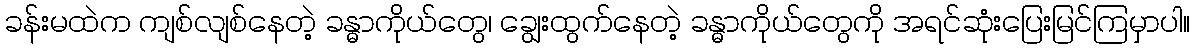
ခန်းမထဲက ကျစ်လျစ်နေတဲ့ ခန္ဓာကိုယ်တွေ၊ ချွေးထွက်နေတဲ့ ခန္ဓာကိုယ်တွေကို အရင်ဆုံးပြေးမြင်ကြမှာပါ။